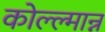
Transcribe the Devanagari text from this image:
कोल्ल्मान्न